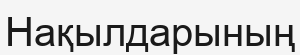
Нақылдарының